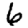
Digit: 6